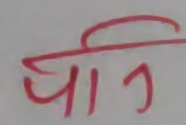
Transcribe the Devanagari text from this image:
पान